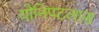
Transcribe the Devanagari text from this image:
योनिपटलास